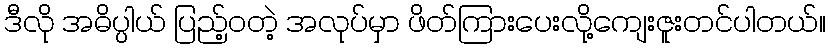
ဒီလို အဓိပ္ပါယ် ပြည့်ဝတဲ့ အလုပ်မှာ ဖိတ်ကြားပေးလို့ကျေးဇူးတင်ပါတယ်။